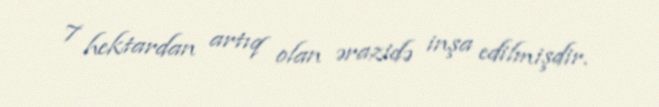
7 hektardan artıq olan ərazidə inşa edilmişdir.